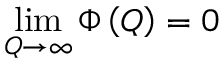
\operatorname * { l i m } _ { Q \rightarrow \infty } \Phi \left( Q \right) = 0